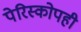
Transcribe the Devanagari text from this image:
पेरिस्कोपही